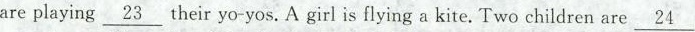
are playing \underline{23} their yo-yos. A girl is flying a kite. Two children are \underline{24}